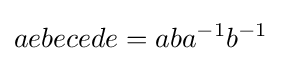
aebecede=aba^{-1}b^{-1}